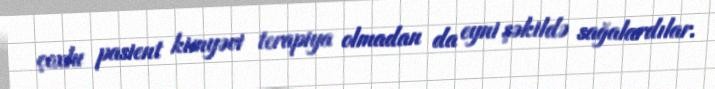
çoxlu pasient kimyəvi terapiya olmadan da eyni şəkildə sağalardılar.